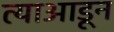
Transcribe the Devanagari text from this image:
त्याआडून